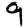
Digit: 9